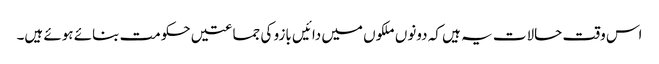
اس وقت حالات یہ ہیں کہ دونوں ملکوں میں دائیں بازو کی جماعتیں حکومت بنائے ہوئے ہیں۔